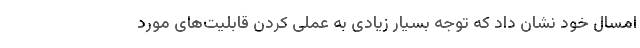
امسال خود نشان داد که توجه بسیار زیادی به عملی کردن قابلیت‌های مورد